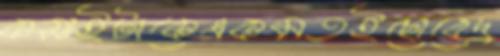
কসাইটাকেএকমতইছোবেদ